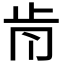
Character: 𣥑